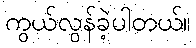
ကွယ်လွန်ခဲ့ပါတယ်။